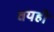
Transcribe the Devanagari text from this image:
वयही